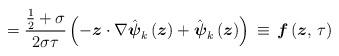
LaTeX: \begin{align*}=\frac{\frac{1}{2}+\sigma}{2\sigma\tau}\left(-\boldsymbol{z}\cdot\nabla\hat{\boldsymbol{\psi}}_{k}\left(\boldsymbol{z}\right)+\hat{\boldsymbol{\psi}}_{k}\left(\boldsymbol{z}\right)\right)\,\equiv\,\boldsymbol{f}\left(\boldsymbol{z},\,\tau\right)\end{align*}